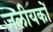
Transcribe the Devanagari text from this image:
जलीयकों